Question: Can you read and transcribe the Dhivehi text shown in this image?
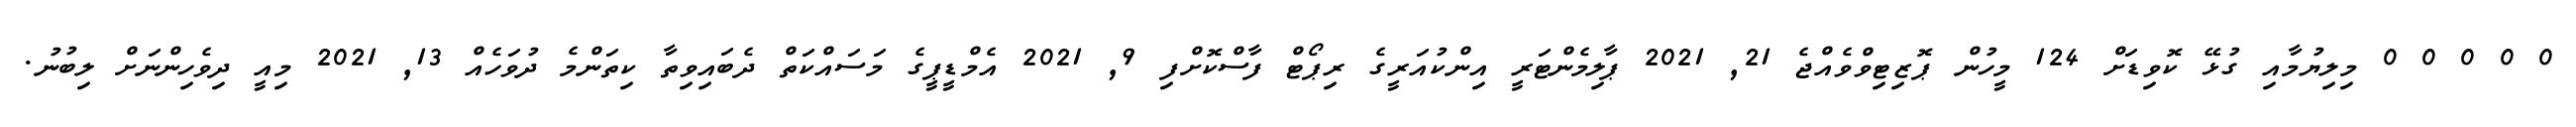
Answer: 0 0 0 0 0 މިލިޔުމާއި ގުޅޭ ކޮވިޑަށް 124 މީހުން ޕޮޒިޓިވްވެއްޖެ 21, 2021 ޕާލިމެންޓަރީ އިންކުއަރީގެ ރިޕޯޓް ފާސްކޮށްފި 9, 2021 އެމްޑީޕީގެ މަސައްކަތް ދެބައިވިތާ ކިތަންމެ ދުވަހެއް 13, 2021 މިއީ ދިވެހިންނަށް ލިބުނު.